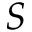
S